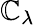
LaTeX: \mathbb{C}_{\lambda}